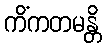
ကိံကတမန္တိ